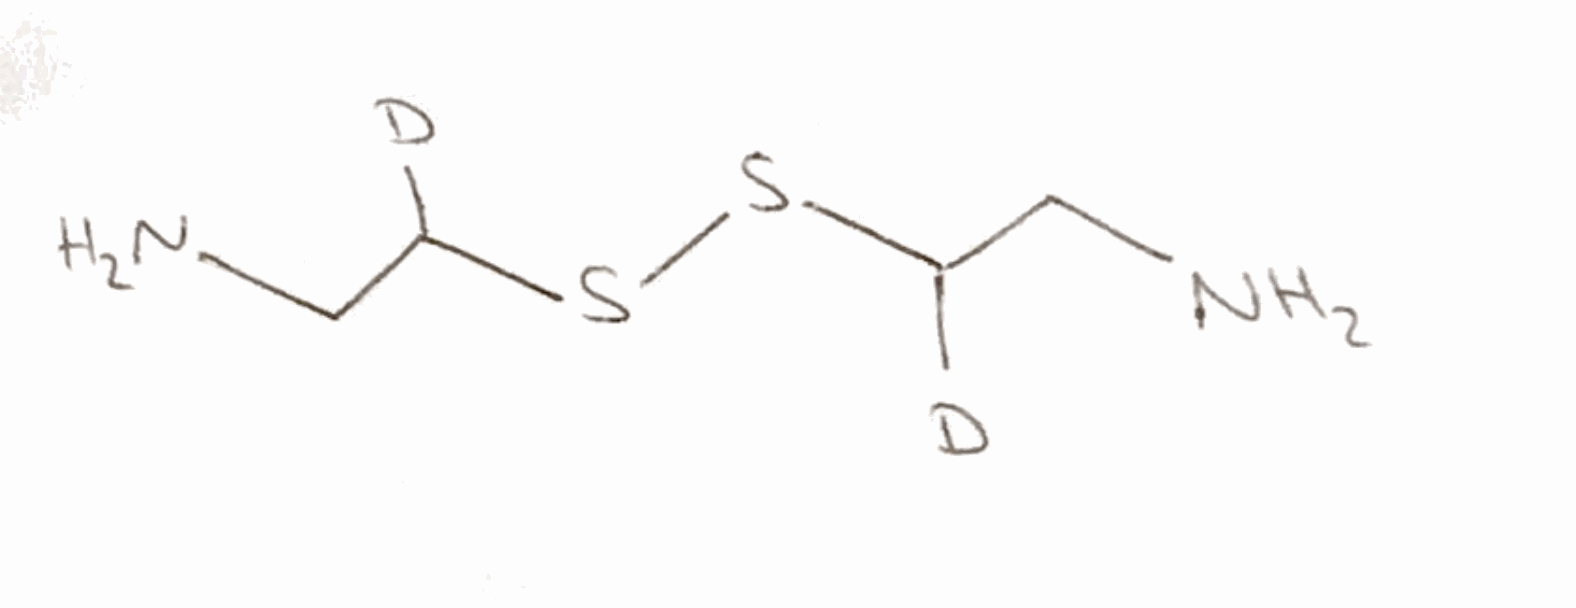
Simplified molecular-input line-entry system (SMILES) notation of the given molecule:
[2H]C(CN)SSC([2H])CN